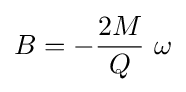
B=-{\frac {2M}{Q}}\ \omega